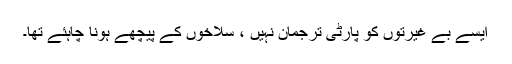
ایسے بے غیرتوں کو پارٹی ترجمان نہیں ، سلاخوں کے پیچھے ہونا چاہئے تھا۔